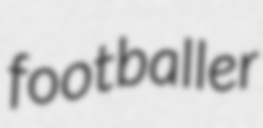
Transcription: footballer